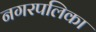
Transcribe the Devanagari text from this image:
नगरपलिका